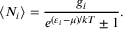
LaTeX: \langle N _ { i } \rangle = { \frac { g _ { i } } { e ^ { ( \varepsilon _ { i } - \mu ) / k T } \pm 1 } } .